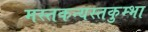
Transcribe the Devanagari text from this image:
मस्तकन्यस्तकुम्भा